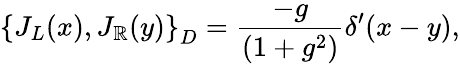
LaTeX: \left\{ J_{L}(x),J_{\mathbb{R}}(y)\right\} _{D}=\frac{{-g}}{{(1+g^{2})}}\delta^{\prime}(x-y),